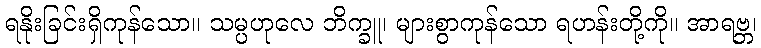
ရနိုးခြင်းရှိကုန်သော။ သမ္ပဟုလေ ဘိက္ခူ၊ များစွာကုန်သော ရဟန်းတို့ကို။ အာရဗ္ဘ၊